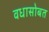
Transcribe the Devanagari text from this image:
वधासोबत